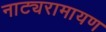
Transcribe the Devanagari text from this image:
नाट्यरामायण